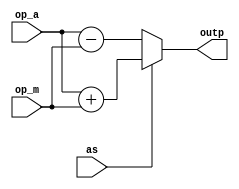
//--------------------------------------------------------------------------------------------
//
// Generated by X-HDL VHDL Translator - Version 2.0.0 Feb. 1, 2011
// ????? ?????? 13 2013 21:07:04
//
//      Input file      : 
//      Component name  : a_s
//      Author          : 
//      Company         : 
//
//      Description     : 
//
//
//--------------------------------------------------------------------------------------------


module a_s(op_a, op_m, as, outp);
   parameter        NBITS = 6;
   input [NBITS:0]  op_a;
   input [NBITS:0]  op_m;
   input            as;
   output [NBITS:0] outp;
   reg [NBITS:0]    outp;
   
   
   
   always @(as or op_a or op_m)
   begin: adder_subt
      if (as == 1'b1)
         outp <= op_a + op_m;
      else
         outp <= op_a - op_m;
   end
   
endmodule